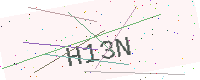
Text: H13N